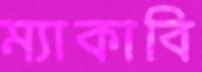
ম্যাকাবি